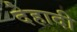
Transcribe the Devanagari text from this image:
देहादी